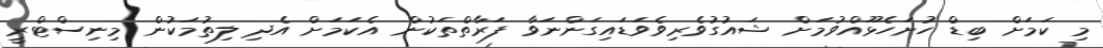
މި ކަމަށް ބިޑް ހުށަހެޅޫއްވުމަށް ޝައުގުވެރިވެވަޑައިގަންނަވާ ފަރާތްތަކުން އެކަމަށް އެދި ލިތުމަކުން މިނިސްޓްރީ